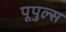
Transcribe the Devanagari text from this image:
पूपुल्स